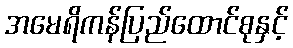
အမေရိကန်ပြည်ထောင်စုနှင့်